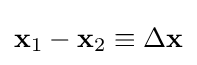
\mathbf {x} _{1}-\mathbf {x} _{2}\equiv \Delta \mathbf {x}